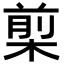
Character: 㮍